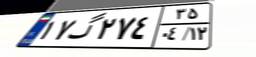
۱۷گ۲۷۴۳۵